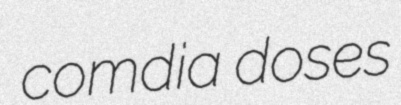
comdia doses